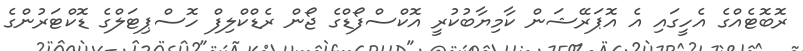
ރޮބޮޓެއްގެ އެހީގައި އެ އޮޕަރޭޝަން ކާމިޔާބުކުރީ އޮކްސްފޯޑްގެ ޖޯން ރެޑްކްލިފް ހޮސްޕިޓަލްގެ ޑޮކްޓަރުންގެ